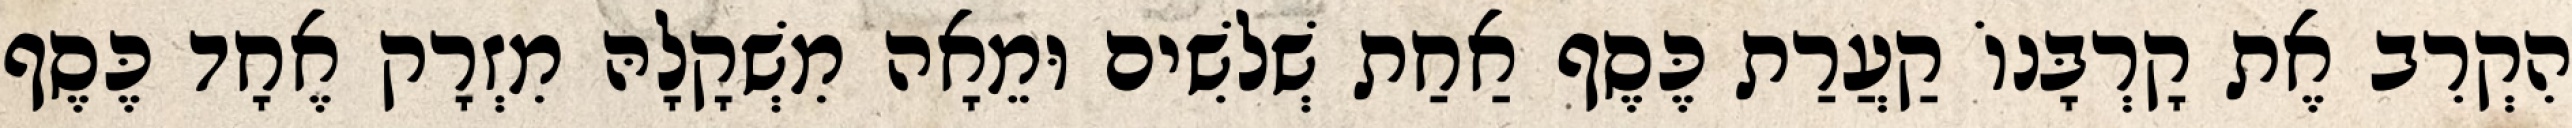
הִקְרִב אֶת קָרְבָּנוֹ קַעֲרַת כֶּסֶף אַחַת שְׁלשִׁים וּמֵאָה מִשְׁקָלָהּ מִזְרָק אֶחָד כֶּסֶף